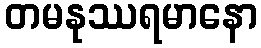
တမနုဿရမာနော